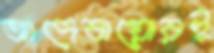
আদেবায়োরই